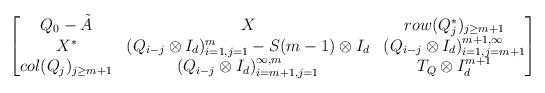
LaTeX: \begin{align*} \begin{bmatrix} Q_0-\Tilde{A} & X & row(Q_j^*)_{j\geq m+1}\\ X^* & (Q_{i-j} \otimes I_d)_{i=1,j=1}^m-S(m-1)\otimes I_d & (Q_{i-j}\otimes I_d)_{i=1,j=m+1}^{m+1,\infty} \\ col(Q_j)_{j\geq m+1} & (Q_{i-j} \otimes I_d)_{i=m+1,j=1}^{\infty,m} & T_Q\otimes I_d^{m+1} \end{bmatrix}\end{align*}